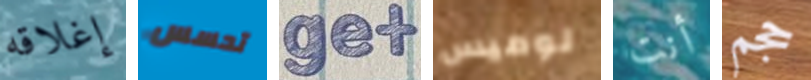
إغلاقه تحسس get لوميس أنت حجم